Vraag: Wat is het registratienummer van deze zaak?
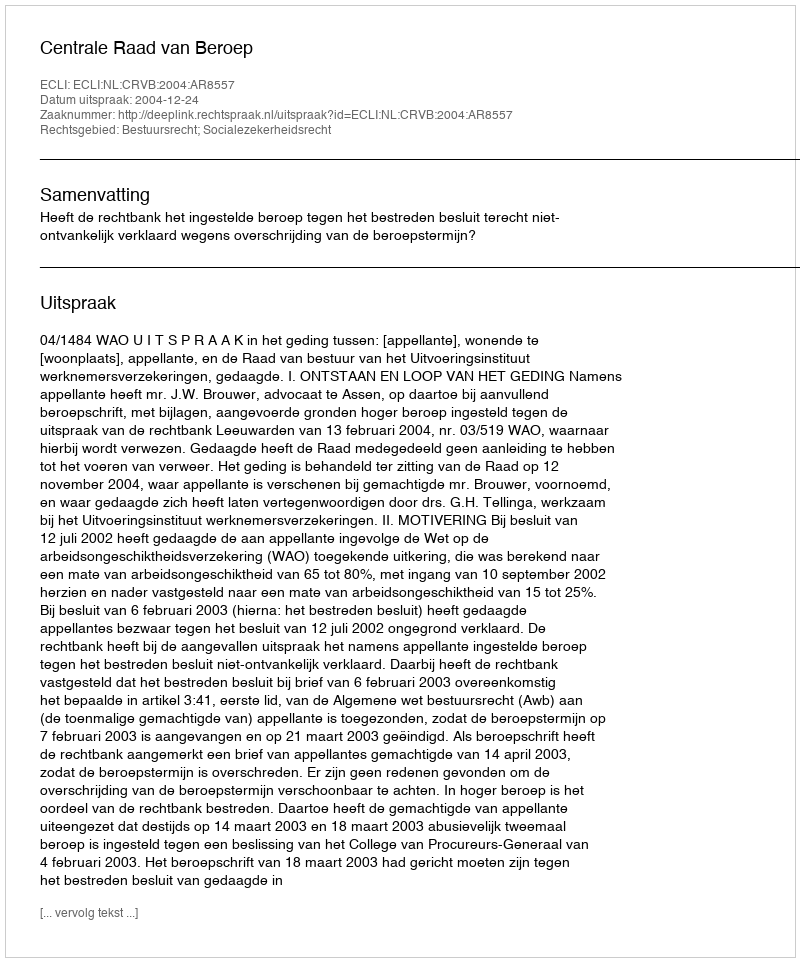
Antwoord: http://deeplink.rechtspraak.nl/uitspraak?id=ECLI:NL:CRVB:2004:AR8557